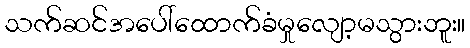
သက်ဆင်အပေါ်ထောက်ခံမှုလျော့မသွားဘူး။